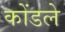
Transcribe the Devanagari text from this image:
कोंडले